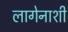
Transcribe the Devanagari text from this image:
लागेनाशी